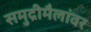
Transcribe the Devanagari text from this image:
समुद्रीमैलांवर